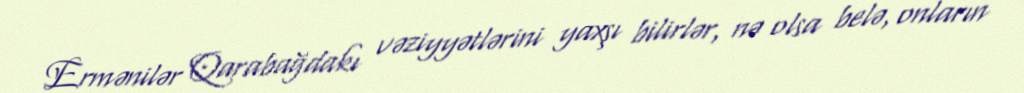
Ermənilər Qarabağdakı vəziyyətlərini yaxşı bilirlər, nə olsa belə, onların